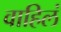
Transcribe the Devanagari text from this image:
वाहिलं